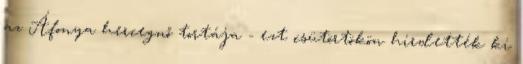
az Áfonya hercegnő tortája - ezt csütörtökön hirdették ki